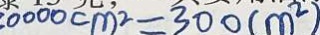
3 0 0 0 0 c m ^ { 2 } = 3 0 0 ( m ^ { 2 } )